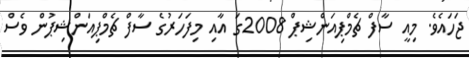
ޖަހައެވެ. މިއީ ސާފް ޗެމްޕިއަންޝިޕް 2008ގަ އާއި މިފަހަރުގެ ސާފް ޗެމްޕިއަންޝިޕުން ވެސް